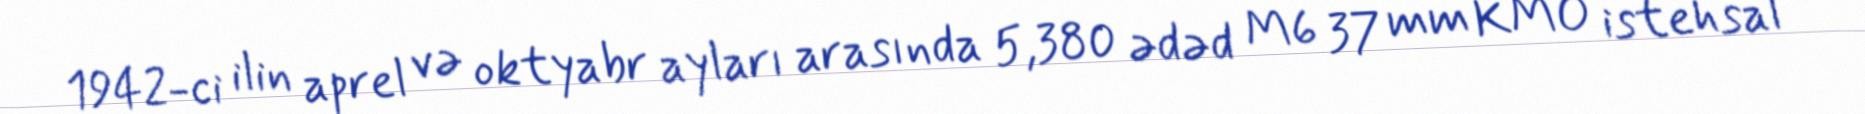
1942-ci ilin aprel və oktyabr ayları arasında 5,380 ədəd M6 37 mm KMO istehsal